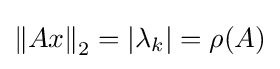
{\|Ax\|}_{2}={|\lambda _{k}|}=\rho (A)